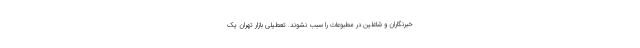
خبرنگاران و شاغلین در مطبوعات را سبب نشوند. تعطیلی بازار تهران یک